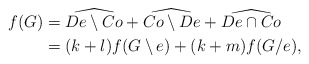
\begin{align*}f(G) &= \widehat{De \setminus Co}+ \widehat{Co \setminus De}+ \widehat{De \cap Co} \\&= (k+l)f(G\setminus e) + (k+m)f(G/e),\end{align*}